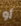
أو